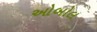
ઓબોલ